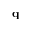
\textbf { q }